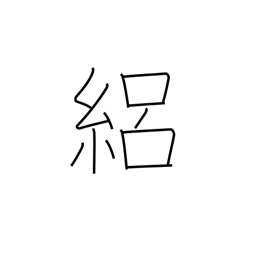
Meaning: silk gauze